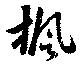
楓